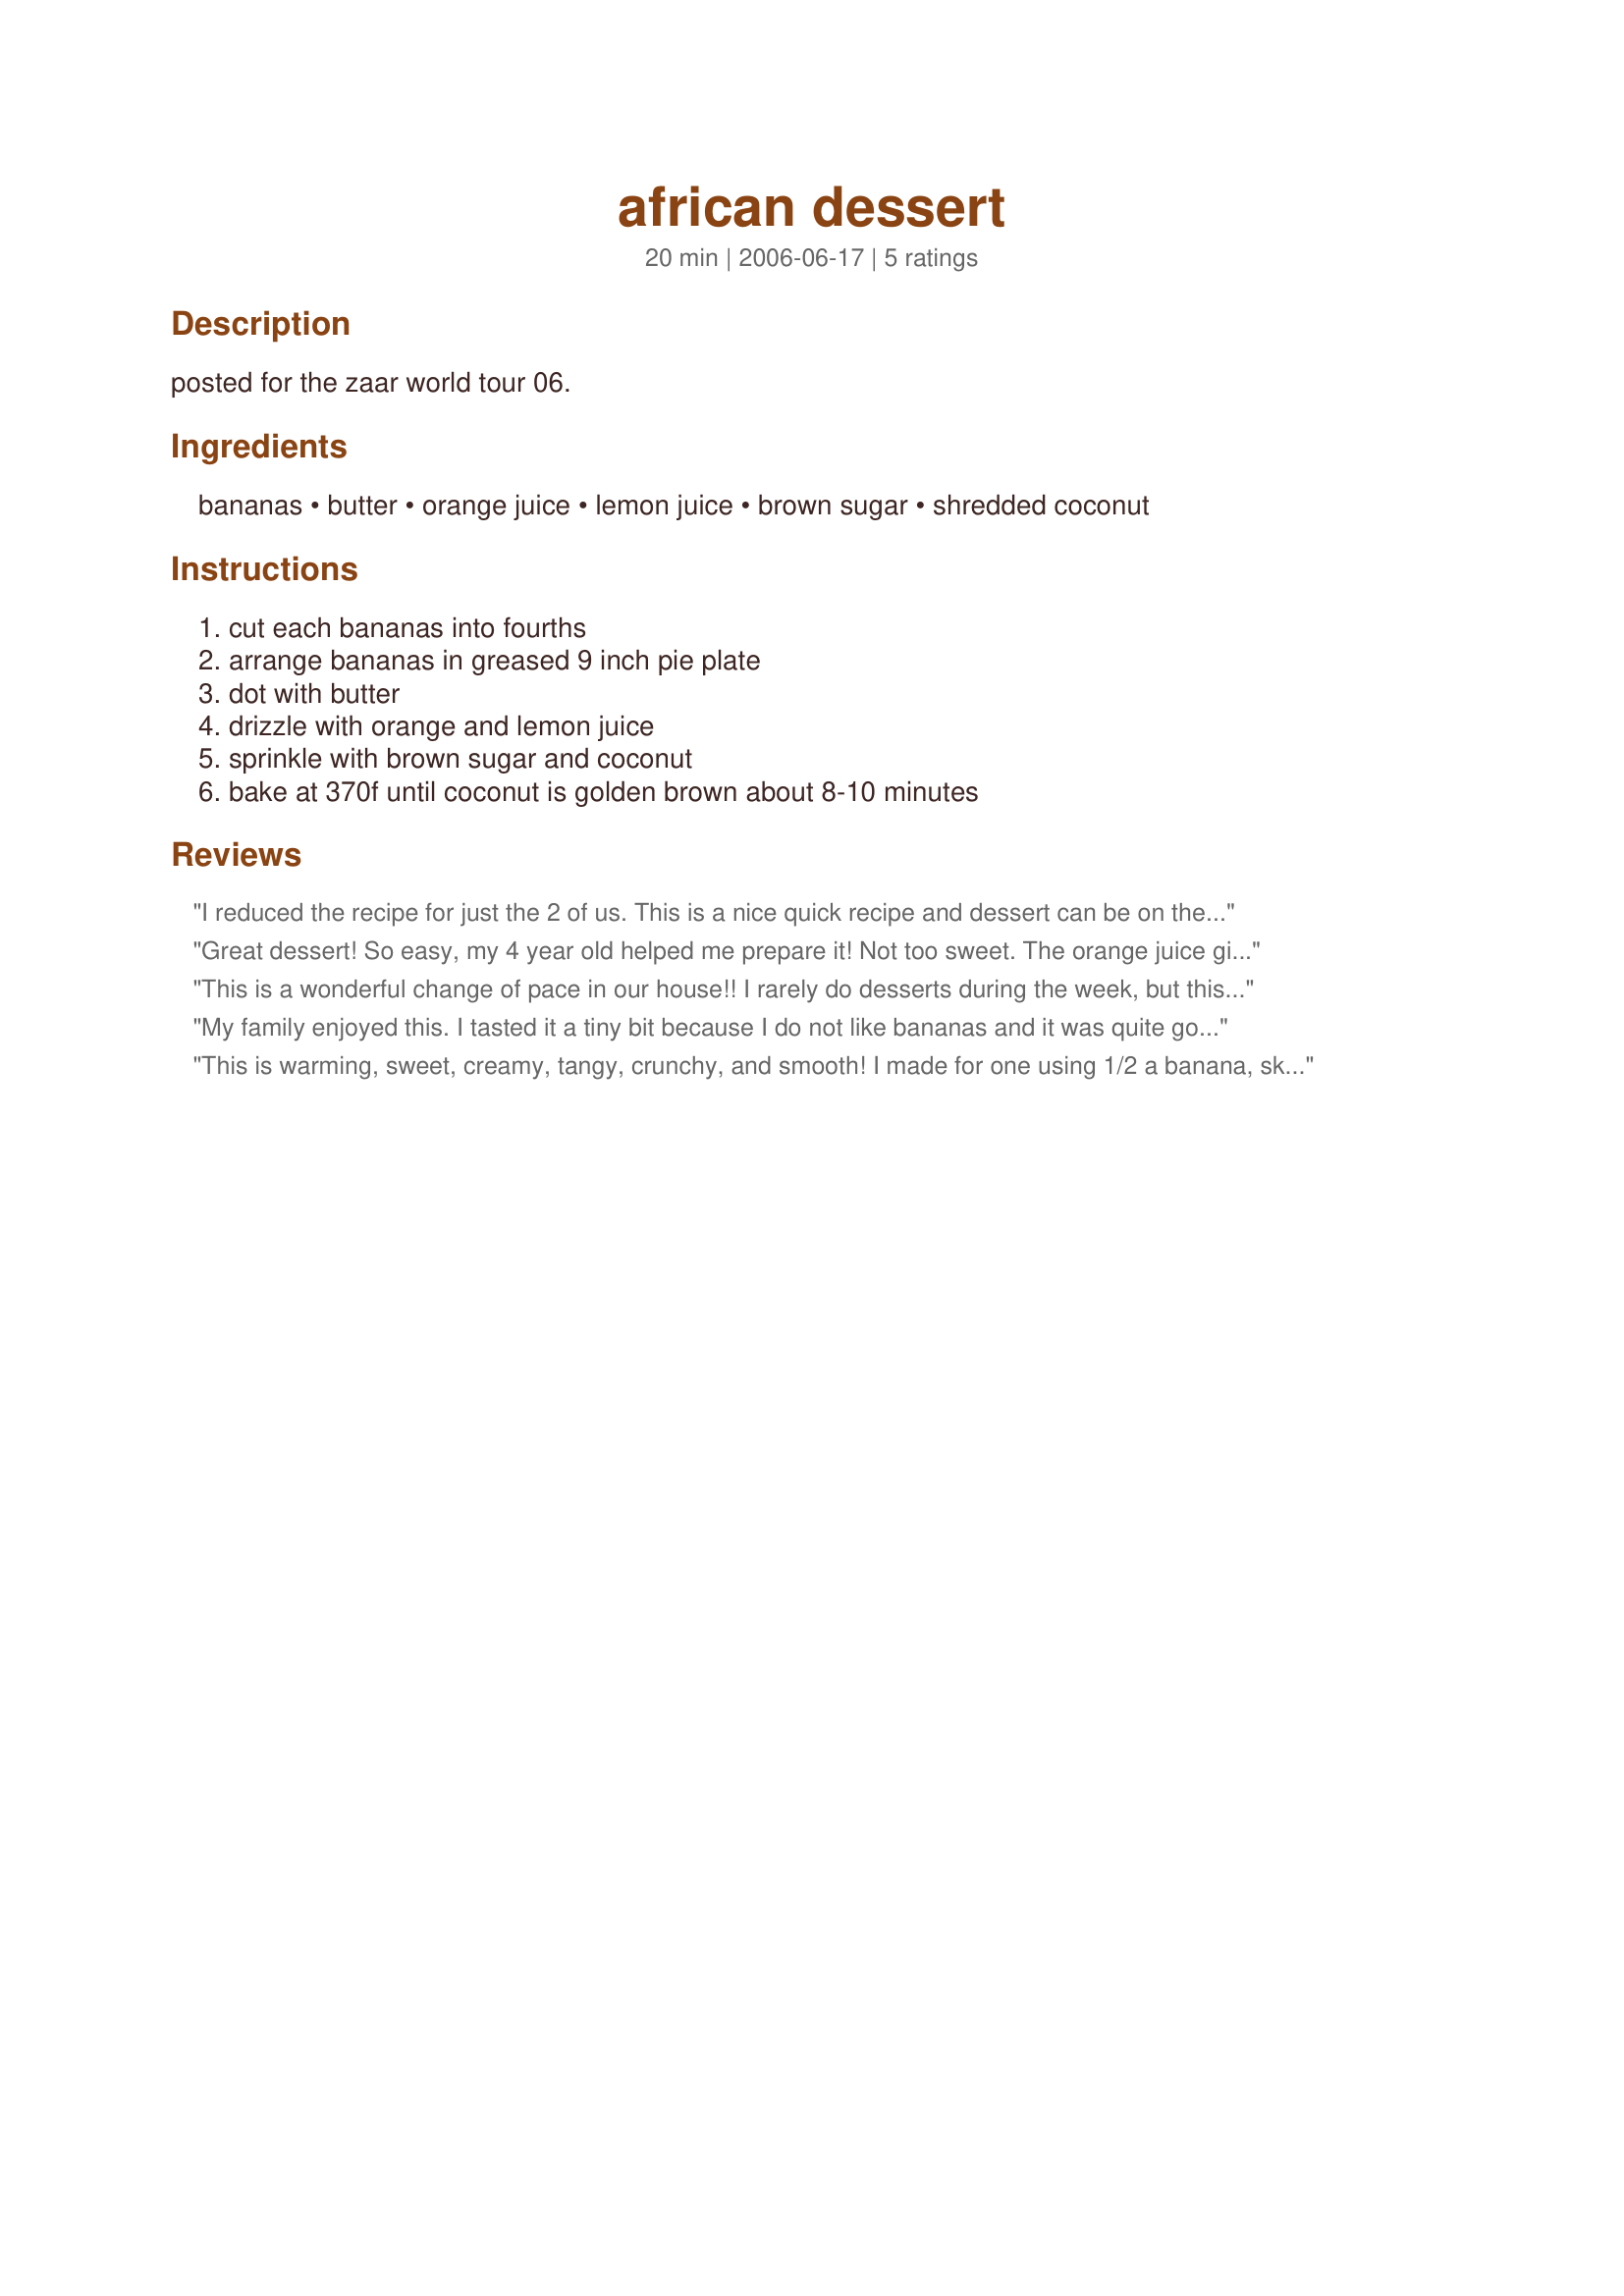
african dessert
Preparation time: 20 minutes

posted for the zaar world tour 06.

Ingredients:
bananas, butter, orange juice, lemon juice, brown sugar, shredded coconut

Steps:
cut each bananas into fourths, arrange bananas in greased 9 inch pie plate, dot with butter, drizzle with orange and lemon juice, sprinkle with brown sugar and coconut, bake at 370f until coconut is golden brown about 8-10 minutes

Reviews:
I reduced the recipe for just the 2 of us. This is a nice quick recipe and dessert can be on the table in 15 minutes or less. It is not overly sweet and green tip bananas are a must to keep the bananas from being mushy. Thanks for sharing this recipe.
Great dessert! So easy, my 4 year old helped me prepare it! Not too sweet. The orange juice gives just the right amount of tang and balances the sweetness of the bananas nicely! The family loved it! I recommend using bananas that are a little on the green side.
This is a wonderful change of pace in our house!! I rarely do desserts during the week, but this was quick, simple and delicious!!
Thank you
My family enjoyed this. I tasted it a tiny bit because I do not like bananas and it was quite good. Very easy, so my kids can do this themselves. Thanks!
This is warming, sweet, creamy, tangy, crunchy, and smooth! I made for one using 1/2 a banana, skipped the oj, topped with a pinch of cinnamon.
